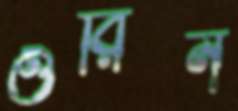
ওরিন